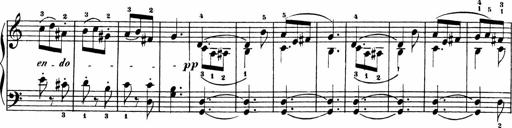
Title: Sonatinen Op.47, 98 und 136, nebst 6 Liedersonatinen
Composer: Carl Reinecke